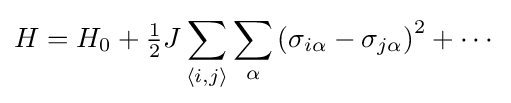
H=H_{0}+{\tfrac {1}{2}}J\sum _{\left\langle i,j\right\rangle }\sum _{\alpha }\left(\sigma _{i\alpha }-\sigma _{j\alpha }\right)^{2}+\cdots